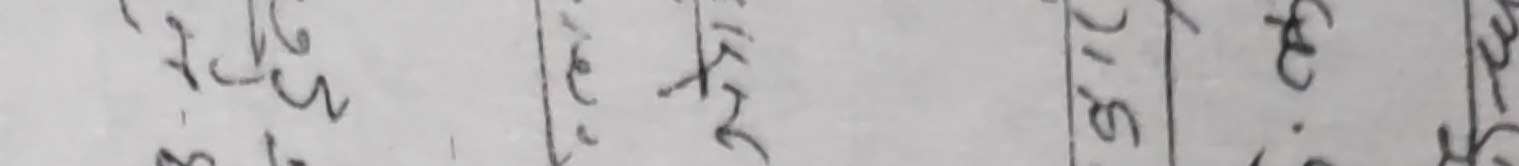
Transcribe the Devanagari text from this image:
२/६
३.६
२७/३
०/५